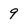
Character: 9